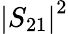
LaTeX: \left|S_{21}\right|^{2}